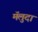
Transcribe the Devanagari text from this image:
मॅलुदा